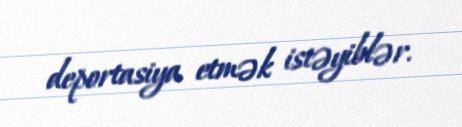
deportasiya etmək istəyiblər.